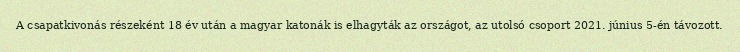
A csapatkivonás részeként 18 év után a magyar katonák is elhagyták az országot, az utolsó csoport 2021. június 5-én távozott.